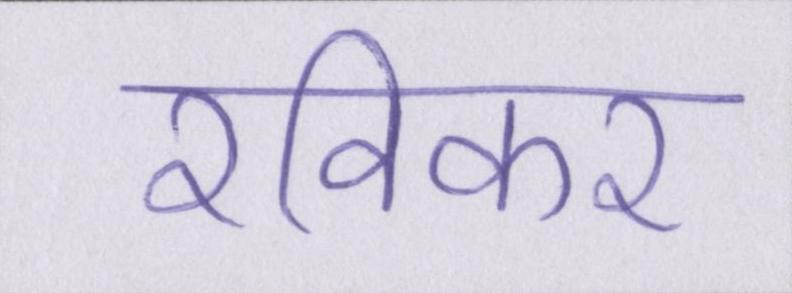
रविकर